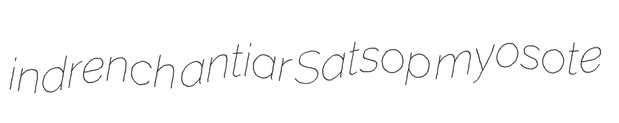
indrench antiar Satsop myosote